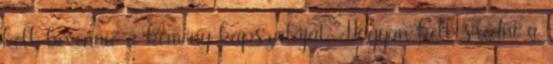
kell bevennie a kemény kapszuláját. Hogyan kell szedni a